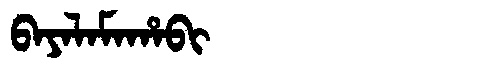
Manchu: ᠪᠠᠶᠠᠯᠠᠮᠠᡥᠠᠪᡳ
Romanization: BAYALAMAHABI